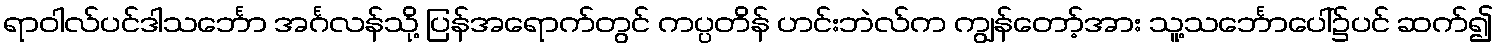
ရာဝါလ်ပင်ဒါသင်္ဘော အင်္ဂလန်သို့ ပြန်အရောက်တွင် ကပ္ပတိန် ဟင်းဘဲလ်က ကျွန်တော့်အား သူ့သင်္ဘောပေါ်၌ပင် ဆက်၍